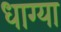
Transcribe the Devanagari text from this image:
धाग्या